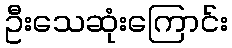
ဦးသေဆုံးကြောင်း